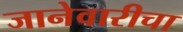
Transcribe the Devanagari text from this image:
जानेवारीचा